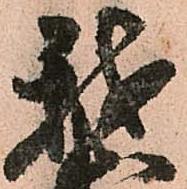
我